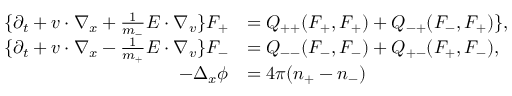
\begin{array} { r l } { \{ \partial _ { t } + v \cdot \nabla _ { x } + \frac { 1 } { m _ { - } } E \cdot \nabla _ { v } \} F _ { + } } & { = Q _ { + + } ( F _ { + } , F _ { + } ) + Q _ { - + } ( F _ { - } , F _ { + } ) \} , } \\ { \{ \partial _ { t } + v \cdot \nabla _ { x } - \frac { 1 } { m _ { + } } E \cdot \nabla _ { v } \} F _ { - } } & { = Q _ { -- } ( F _ { - } , F _ { - } ) + Q _ { + - } ( F _ { + } , F _ { - } ) , } \\ { - \Delta _ { x } \phi } & { = 4 \pi ( n _ { + } - n _ { - } ) } \end{array}